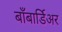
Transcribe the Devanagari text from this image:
बाँबार्डिअर